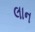
લાન